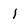
Character: 1